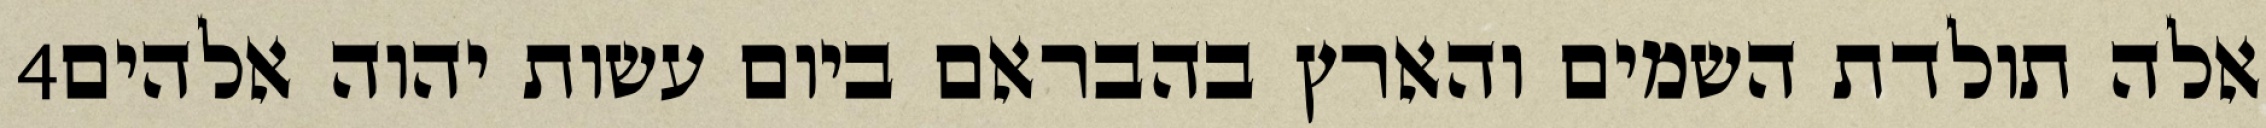
‎4‏ אלה תולדת השמים והארץ בהבראם ביום עשות יהוה אלהים